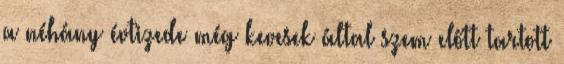
a néhány évtizede még kevesek által szem előtt tartott